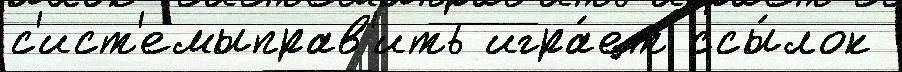
с'ист'емыправ'ить игра́ет ссы́лок